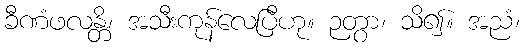
ခီဏံဖလန္တိ၊ အသီးကုန်လေပြီဟု။ ဉတွာ၊ သိ၍။ အညံ၊